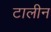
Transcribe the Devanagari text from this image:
टालीन